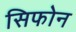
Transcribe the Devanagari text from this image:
सिफोन